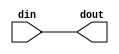
// ==============================================================
// File generated by Vivado(TM) HLS - High-Level Synthesis from C, C++ and SystemC
// Version: 2015.1
// Copyright (C) 2015 Xilinx Inc. All rights reserved.
// 
// ==============================================================

`timescale 1ns/1ps

module toe_ap_rst_if
#(parameter
    RESET_ACTIVE_LOW = 0
)(
    input  wire din,
    output wire dout
);

assign dout = (RESET_ACTIVE_LOW == 1)? ~din : din;

endmodule